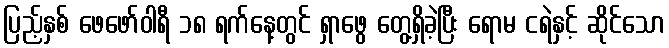
ပြည့်နှစ် ဖေဖော်ဝါရီ ၁၈ ရက်နေ့တွင် ရှာဖွေ တွေ့ရှိခဲ့ပြီး ရောမ ငရဲနှင့် ဆိုင်သော